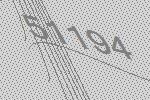
51194